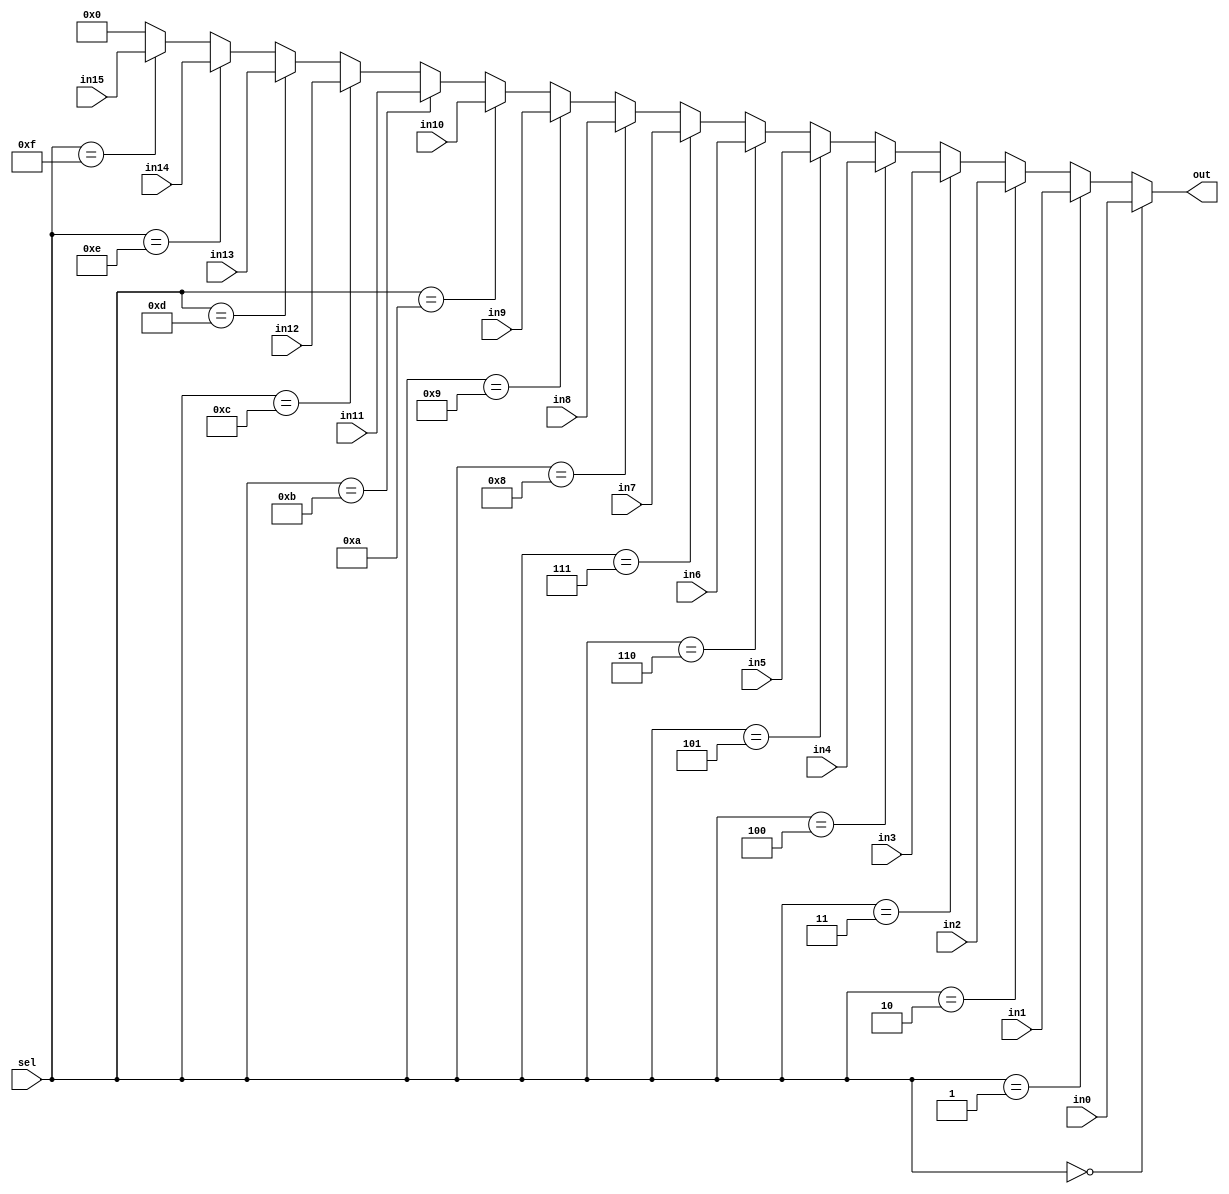
module mux16
  #(
    parameter WIDTH=32
    )
   (
    input wire [3:0] sel,
    input wire [WIDTH-1:0] in0,
    input wire [WIDTH-1:0] in1,
    input wire [WIDTH-1:0] in2,
    input wire [WIDTH-1:0] in3,
    input wire [WIDTH-1:0] in4,
    input wire [WIDTH-1:0] in5,
    input wire [WIDTH-1:0] in6,
    input wire [WIDTH-1:0] in7,
    input wire [WIDTH-1:0] in8,
    input wire [WIDTH-1:0] in9,
    input wire [WIDTH-1:0] in10,
    input wire [WIDTH-1:0] in11,
    input wire [WIDTH-1:0] in12,
    input wire [WIDTH-1:0] in13,
    input wire [WIDTH-1:0] in14,
    input wire [WIDTH-1:0] in15,
    output wire [WIDTH-1:0] out
    );
   
   assign out=(sel==4'h0)?in0:
	      (sel==4'h1)?in1:
	      (sel==4'h2)?in2:
	      (sel==4'h3)?in3:
	      (sel==4'h4)?in4:
	      (sel==4'h5)?in5:
	      (sel==4'h6)?in6:
	      (sel==4'h7)?in7:
	      (sel==4'h8)?in8:
	      (sel==4'h9)?in9:
	      (sel==4'ha)?in10:
	      (sel==4'hb)?in11:
	      (sel==4'hc)?in12:
	      (sel==4'hd)?in13:
	      (sel==4'he)?in14:
	      (sel==4'hf)?in15:
	      0;
	      
endmodule // mux16